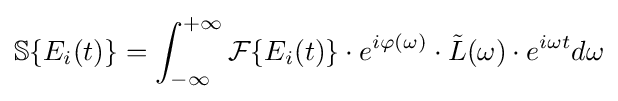
\mathbb {S} \{E_{i}(t)\}=\int _{-\infty }^{+\infty }{\mathcal {F}}\{E_{i}(t)\}\cdot e^{i\varphi (\omega )}\cdot {\tilde {L}}(\omega )\cdot e^{i\omega {t}}d\omega